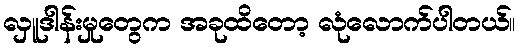
လှူဒါန်းမှုတွေက အခုထိတော့ လုံလောက်ပါတယ်။